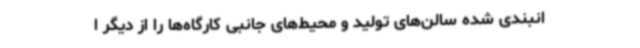
انبندی شده سالن‌های تولید و محیط‌های جانبی کارگاه‌ها را از دیگر ا